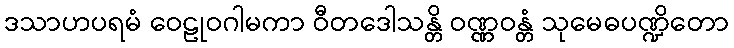
ဒသာဟပရမံ ဝေဠုဝဂါမကာ ဝီတဒေါသန္တိ ဝဏ္ဏဝန္တံ သုမေဓပဏ္ဍိတော